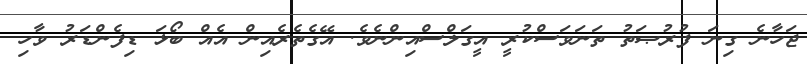
ޖަހާނެ ގިނަ ފުރުޞަތު ތަނަވަސްކުރީ އީގަލްސްއިންނެވެ. އޭގެތެރެއިން އެއް ބޯޅަ ޑިފެންޑަރު ވާހި